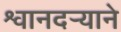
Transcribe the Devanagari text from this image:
श्वानदर्‍याने